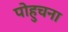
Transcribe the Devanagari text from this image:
पोहुचना